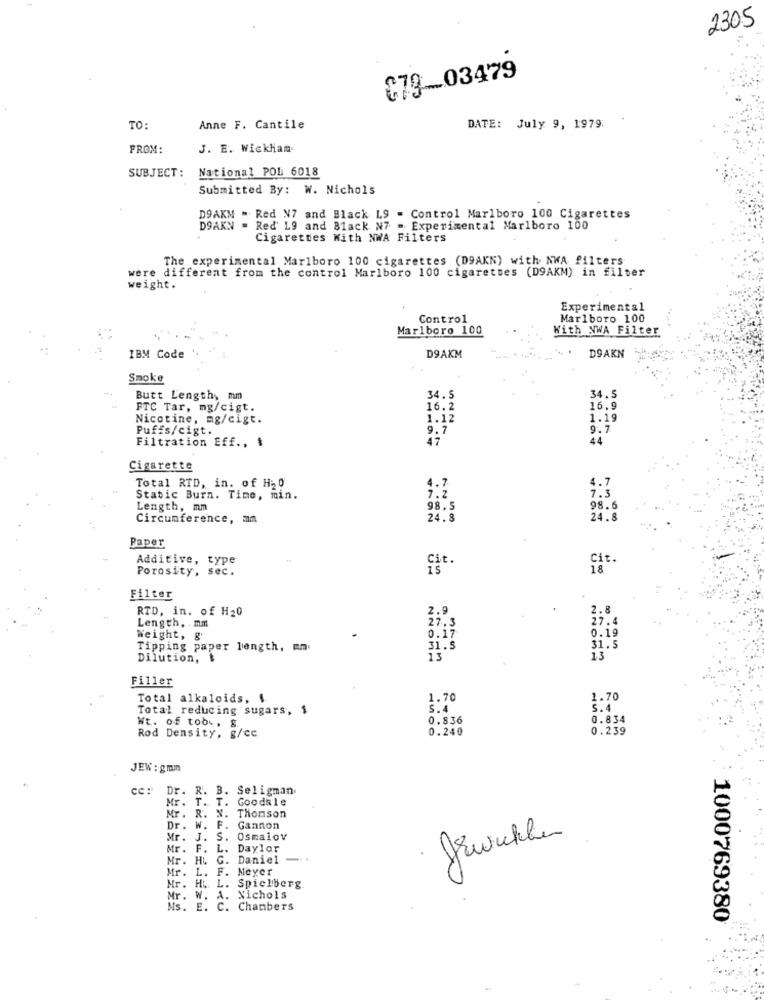
2305
$79-03479
TO:
Anne F. Cantile
DATE: July 9, 1979:
FROM:
J. E. Wickham
SUBJECT:
National POL 6018
Submitted By: W. Nichols
DOAKM - Red N7 and Black L9 = Control Marlboro 100 Cigarettes
DOAKN = Red' 19 and Black N7 - Experimental Marlboro 100
Cigarettes With NWA Filters
The experimental Marlboro 100 cigarettes (D9AKN) with NWA filters
were different from the control Marlboro 100 cigarettes (D9AKM) in filter
weight.
Experimental
Control
Marlboro 100
Marlboro 100
With NWA Filter
DSAKN
IBM Code
D9AKM
Smoke
Butt Length, mm
34.5
34.5
FTC Tar, mg/cigt.
16.2
16.9
Nicotine, mg/cigt.
1.12
1.19
Puffs/cigt.
9.7
9.7
47
44
Filtration Eff ., $
Cigarette
Total RTD, in. of H20
4.7
7.3
Static Burn. Time, min.
7.2
Length, mm
98.5
98.6
Circumference, mm
24.8
24.8
Paper
Additive, type
Cit.
Porosity, sec.
Cit.
18
Filter
RTD, in. of H20
2.9
2.8
Length, . mm
27.3
27.4
0.19
Weight, g
0.17
Tipping paper length, mm.
31.5
31.5
Dilution,
13
13
Filler
Total alkaloids, $
1.70
1.70
Total reducing sugars, 1
5.4
5.4
0.836
0.834
Wt. of tobv. &
Rod Density, g/cc
0.240
0.239
JEW : gmm
Dr. R. B.
Seligman
Mr.
T.
T.
Goodale
Mr .
R.
Thomson
Dr .
W.
F.
Gannon
3
Mr .
J.
S.
Osmalov
JEwelchen
Mr. F. L.
Daylor
Mr.
G.
Daniel
Mr.
L.
F.
Meyer
Mr. H ... L. Spielberg
Mr. W. A.
Nichols
Ms. E. C. Chambers
1000769380